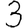
Digit: 3